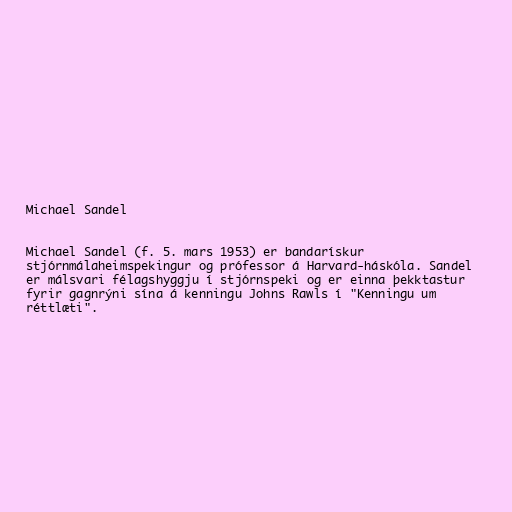
Michael Sandel

Michael Sandel (f. 5. mars 1953) er bandarískur
stjórnmálaheimspekingur og prófessor á Harvard-háskóla. Sandel
er málsvari félagshyggju í stjórnspeki og er einna þekktastur
fyrir gagnrýni sína á kenningu Johns Rawls í "Kenningu um
réttlæti".